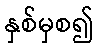
နှစ်မှစ၍